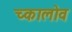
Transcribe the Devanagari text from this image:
च्कालोव